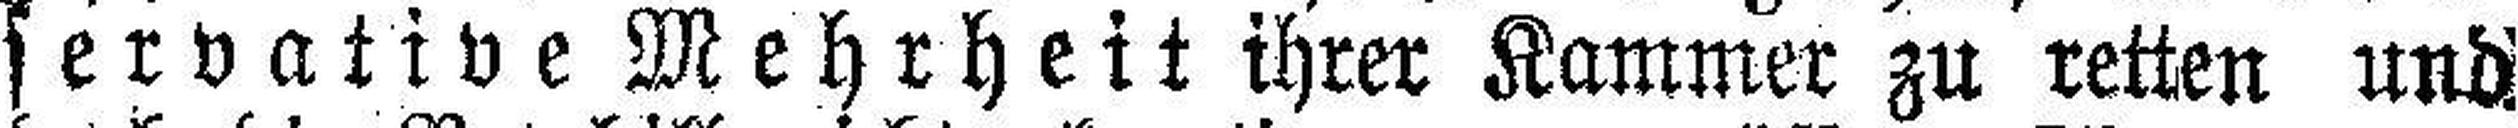
servative Mehrheit ihrer Kammer zu retten und